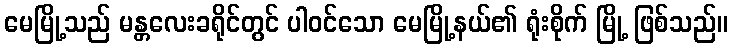
မေမြို့သည် မန္တလေးခရိုင်တွင် ပါဝင်သော မေမြို့နယ်၏ ရုံးစိုက် မြို့ ဖြစ်သည်။